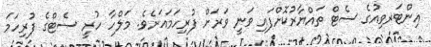
އިންޓަރވިއުގެ ސެޓް ތައްޔާރުކޮށްފައި ވަނީ ވަރަށް ފުރިހަމައަށެވެ. މަލްހާ ހުރީ ސެޓްގެ ފުރިހަމަ